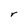
Character: r